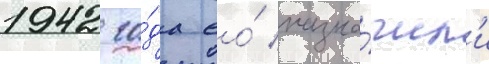
1942 го́да ео́ назна́чил'и